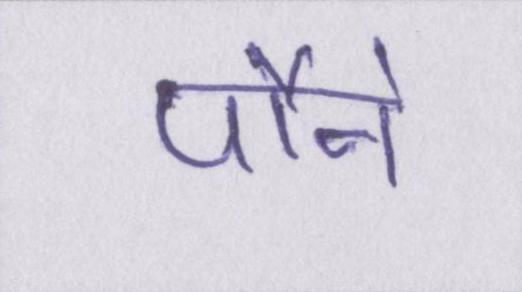
पौने